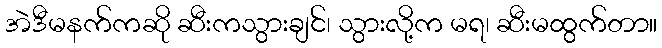
အဲဒီမနက်ကဆို ဆီးကသွားချင်၊ သွားလို့က မရ၊ ဆီးမထွက်တာ။